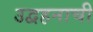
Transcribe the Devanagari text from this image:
उद्वहनाची